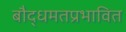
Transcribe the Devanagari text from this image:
बौद्धमतप्रभावित